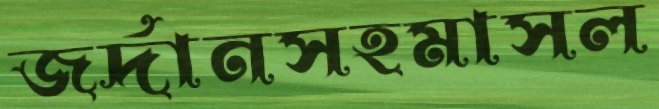
জর্দানসহমাসল